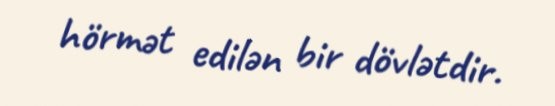
hörmət edilən bir dövlətdir.